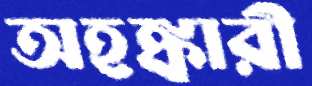
অহঙ্কারী